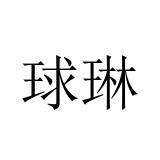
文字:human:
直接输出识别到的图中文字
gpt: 球琳